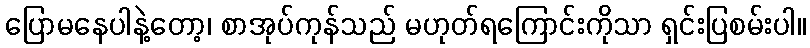
ပြောမနေပါနဲ့တော့၊ စာအုပ်ကုန်သည် မဟုတ်ရကြောင်းကိုသာ ရှင်းပြစမ်းပါ။